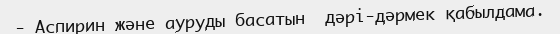
- Аспирин және ауруды басатын  дәрі-дәрмек қабылдама.